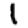
Digit: 1